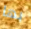
بها